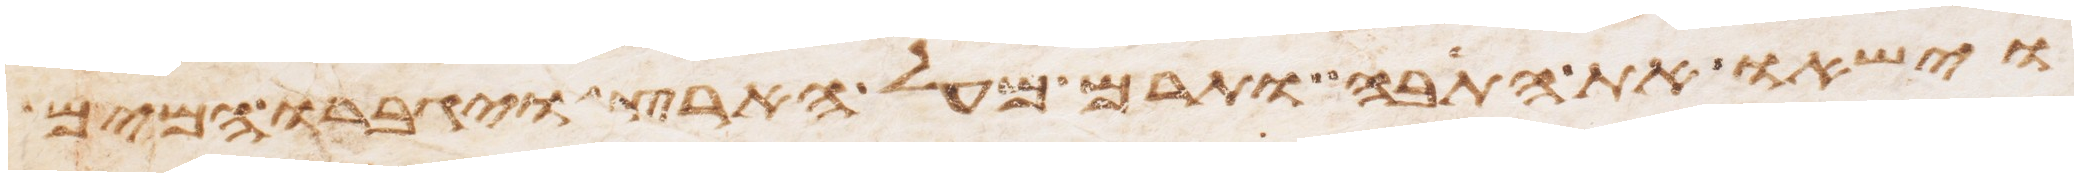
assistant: וישאו את התבה ותרם מעל הארץ ויגברו המים